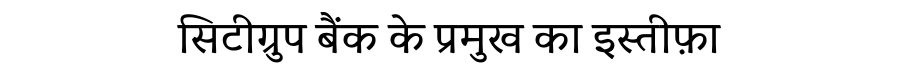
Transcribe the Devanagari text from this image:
सिटीग्रुप बैंक के प्रमुख का इस्तीफ़ा